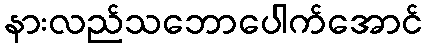
နားလည်သဘောပေါက်အောင်